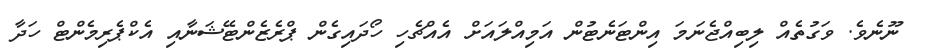
ނޫނެވެ. ވަގުތެއް ލިބިއްޖެނަމަ އިންޓަނެޓުން އަމިއްލައަށް އެއްޗެހި ހޯދައިގެން ޕްރެޒެންޓޭޝަނާއި އެކްޕެރިމެންޓް ހަދާ